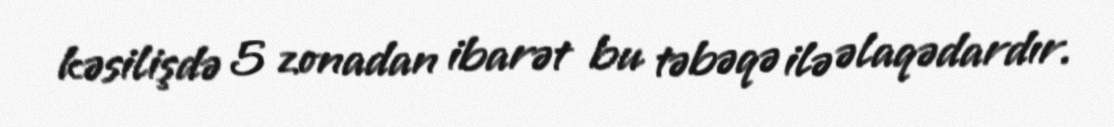
kəsilişdə 5 zonadan ibarət bu təbəqə ilə əlaqədardır.